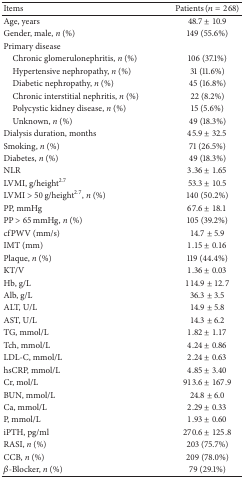
<table><thead><tr><td><b>Items</b></td><td><b>Patients (<i>n</i> = 268)</b></td></tr></thead><tbody><tr><td>Age, years</td><td>48.7 ± 10.9</td></tr><tr><td>Gender, male, <i>n</i> (%)</td><td>149 (55.6%)</td></tr><tr><td>Primary disease</td><td> </td></tr><tr><td> Chronic glomerulonephritis, <i>n</i> (%)</td><td>106 (37.1%)</td></tr><tr><td> Hypertensive nephropathy, <i>n</i> (%)</td><td>31 (11.6%)</td></tr><tr><td> Diabetic nephropathy, <i>n</i> (%)</td><td>45 (16.8%)</td></tr><tr><td> Chronic interstitial nephritis, <i>n</i> (%)</td><td>22 (8.2%)</td></tr><tr><td> Polycystic kidney disease, <i>n</i> (%)</td><td>15 (5.6%)</td></tr><tr><td> Unknown, <i>n</i> (%)</td><td>49 (18.3%)</td></tr><tr><td>Dialysis duration, months</td><td>45.9 ± 32.5</td></tr><tr><td>Smoking, <i>n</i> (%)</td><td>71 (26.5%)</td></tr><tr><td>Diabetes, <i>n</i> (%)</td><td>49 (18.3%)</td></tr><tr><td>NLR</td><td>3.36 ± 1.65</td></tr><tr><td>LVMI, g/height<sup>2.7</sup></td><td>53.3 ± 10.5</td></tr><tr><td>LVMI &gt; 50 g/height<sup>2.7</sup>, <i>n</i> (%)</td><td>140 (50.2%)</td></tr><tr><td>PP, mmHg</td><td>67.6 ± 18.1</td></tr><tr><td>PP &gt; 65 mmHg, <i>n</i> (%)</td><td>105 (39.2%)</td></tr><tr><td>cfPWV (mm/s)</td><td>14.7 ± 5.9</td></tr><tr><td>IMT (mm)</td><td>1.15 ± 0.16</td></tr><tr><td>Plaque, <i>n</i> (%)</td><td>119 (44.4%)</td></tr><tr><td>KT/V</td><td>1.36 ± 0.03</td></tr><tr><td>Hb, g/L</td><td>114.9 ± 12.7</td></tr><tr><td>Alb, g/L</td><td>36.3 ± 3.5</td></tr><tr><td>ALT, U/L</td><td>14.9 ± 5.8</td></tr><tr><td>AST, U/L</td><td>14.3 ± 6.2</td></tr><tr><td>TG, mmol/L</td><td>1.82 ± 1.17</td></tr><tr><td>Tch, mmol/L</td><td>4.24 ± 0.86</td></tr><tr><td>LDL-C, mmol/L</td><td>2.24 ± 0.63</td></tr><tr><td>hsCRP, mmol/L</td><td>4.85 ± 3.40</td></tr><tr><td>Cr, mol/L</td><td>913.6 ± 167.9</td></tr><tr><td>BUN, mmol/L</td><td>24.8 ± 6.0</td></tr><tr><td>Ca, mmol/L</td><td>2.29 ± 0.33</td></tr><tr><td>P, mmol/L</td><td>1.93 ± 0.60</td></tr><tr><td>iPTH, pg/ml</td><td>270.6 ± 125.8</td></tr><tr><td>RASI, <i>n</i> (%)</td><td>203 (75.7%)</td></tr><tr><td>CCB, <i>n</i> (%)</td><td>209 (78.0%)</td></tr><tr><td><i>β</i>-Blocker, <i>n</i> (%)</td><td>79 (29.1%)</td></tr></tbody></table>